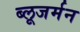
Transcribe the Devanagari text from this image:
ब्लूजर्मन